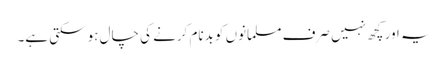
یہ اور کچھ نہیں صرف مسلمانوں کو بدنام کرنے کی چال ہو سکتی ہے۔